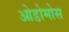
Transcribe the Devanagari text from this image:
ओडोमोस